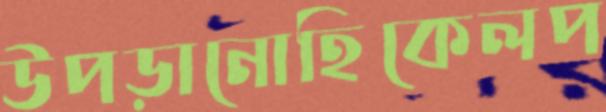
উপড়ানোহিকেলপ